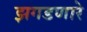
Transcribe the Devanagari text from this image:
झगडणारे